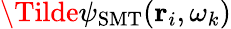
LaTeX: \Tilde{\psi}_{\mathrm{SMT}}(\textbf{r}_{i},\omega_{k})